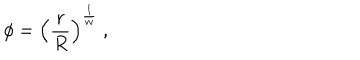
\phi = \left( { \frac { r } { R } } \right) ^ { \frac { 1 } { w } } \ ,